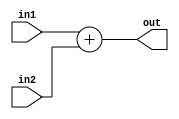
module BranchAdder(out,in1,in2);
output reg [31:0] out;
input [31:0] in1,in2;
always @(in1 , in2)
out = in1 + in2;

endmodule